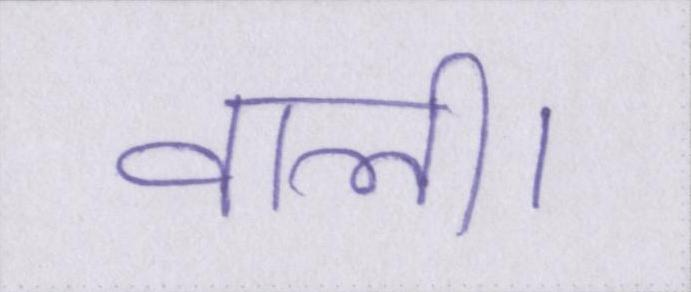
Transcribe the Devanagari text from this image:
वाली।